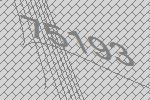
75193